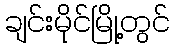
ချင်းမိုင်မြို့တွင်